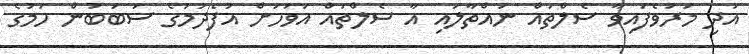
އަދި މަރުވެފައިވާ ސެލްތައް ނައްތާލައި އާ ސެލްތައް އަވަހަށް އުފެދުމުގެ ސަބަބުން ހަމުގެ